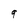
Character: 9